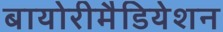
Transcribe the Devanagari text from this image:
बायोरीमैडियेशन